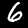
Label: 6